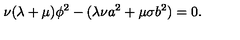
\nu ( \lambda + \mu ) \phi ^ { 2 } - ( \lambda \nu a ^ { 2 } + \mu \sigma b ^ { 2 } ) = 0 .